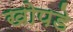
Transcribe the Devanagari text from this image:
खोपडे